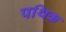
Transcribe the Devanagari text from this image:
पथिक